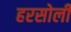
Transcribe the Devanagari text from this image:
हरसोली